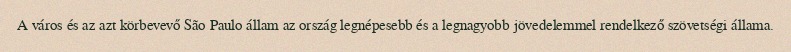
A város és az azt körbevevő São Paulo állam az ország legnépesebb és a legnagyobb jövedelemmel rendelkező szövetségi állama.